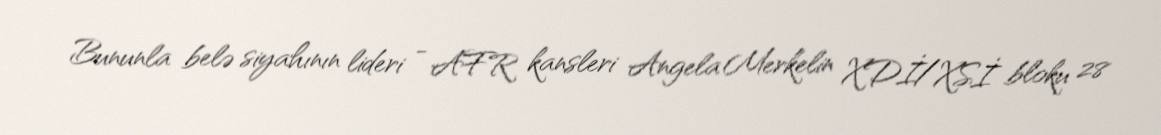
Bununla belə siyahının lideri - AFR kansleri Angela Merkelin XDİ/XSİ bloku 28